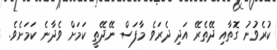
ކުރެވުނު ގޮތާއި ދޭތެރޭ އަދި ދެރަވެ މާފަސް ނޭދޭތީ ކަމަށް ވެދާނެ ކަމަށެވެ.